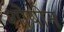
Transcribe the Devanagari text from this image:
शोषोन